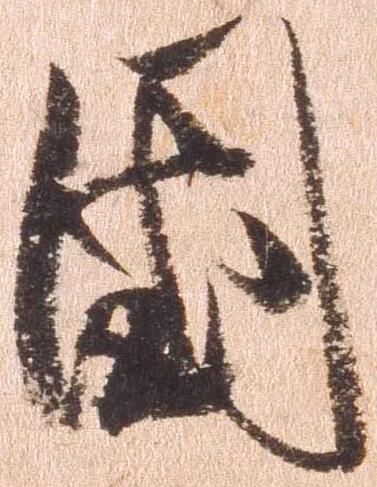
国